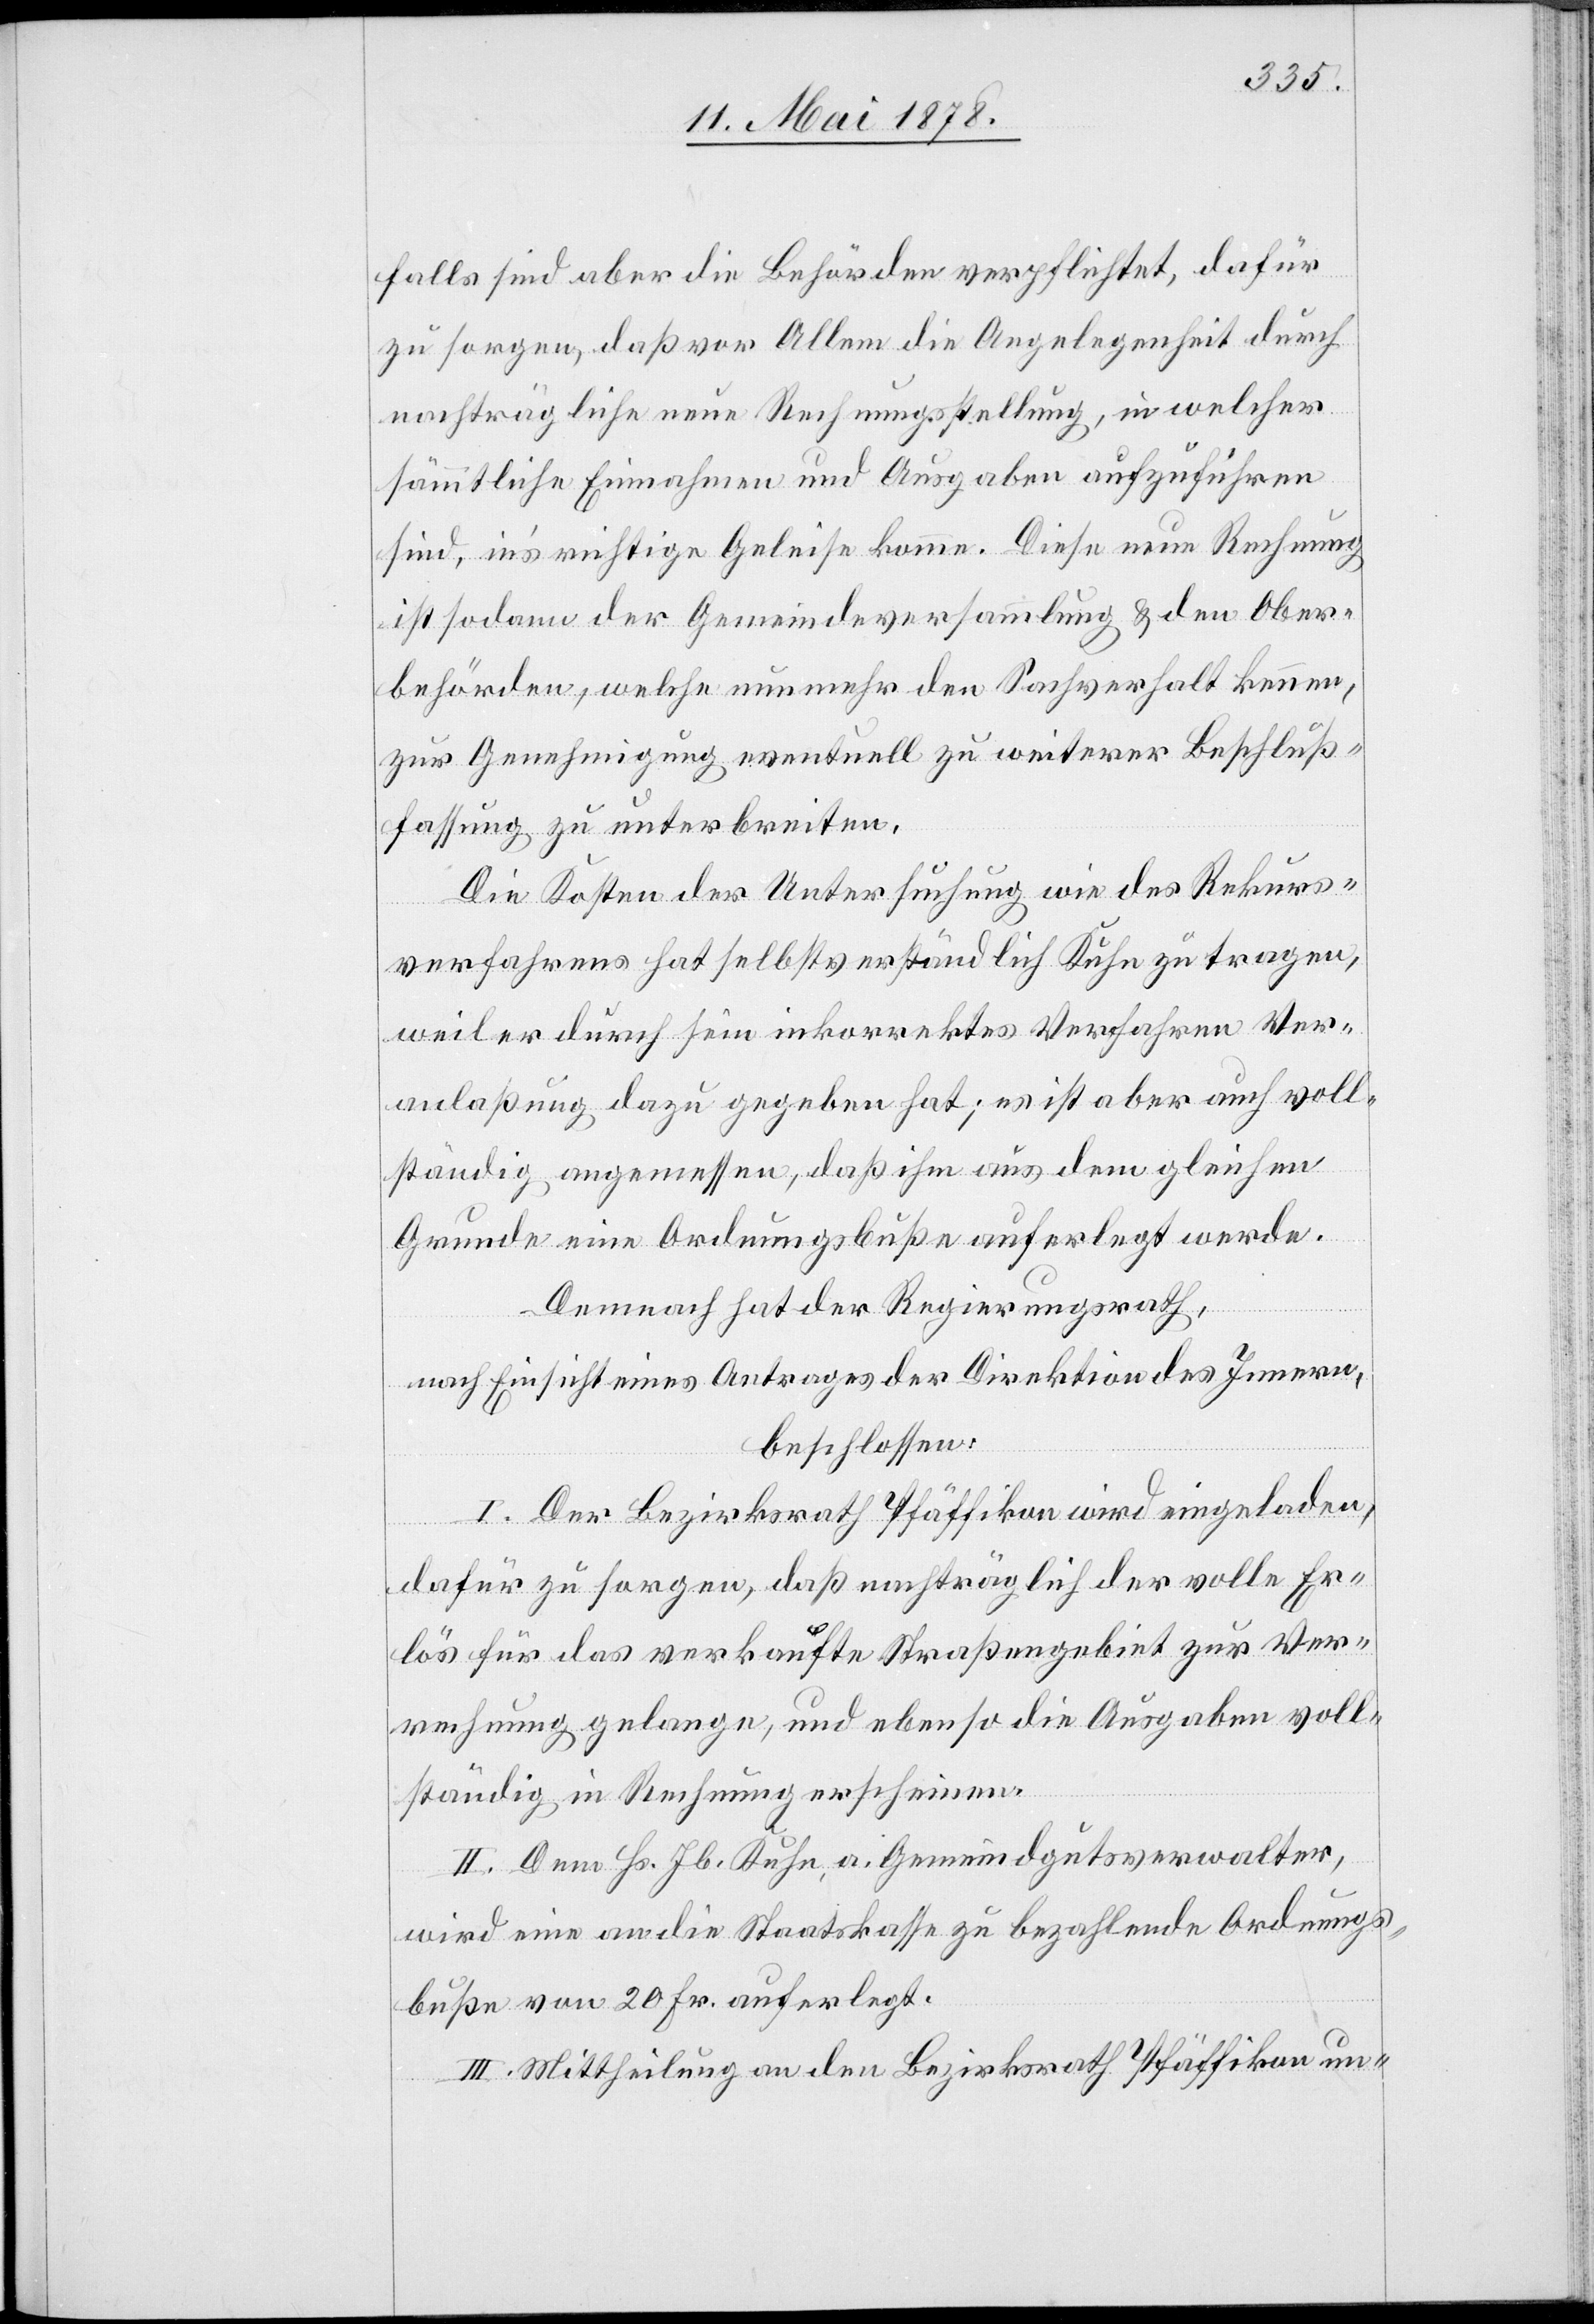
falls sind aber die Behörden verpflichtet, dafür
zu sorgen, daß vor Allem die Angelegenheit durch
nachträgliche neue Rechnungsstellung, in welcher
sämmtliche Einnahmen und Ausgaben aufzuführen
sind, in’s richtige Geleise komme. Diese neue Rechnung
ist sodann der Gemeindeversammlung & den Ober¬
behörden, welche nunmehr den Sachverhalt kennen,
zur Genehmigung eventuell zu weiterer Beschluss¬
fassung zu unterbreiten.
Die Kosten der Untersuchung wie des Rekurs¬
verfahrens hat selbstverständlich Kuhn zu tragen,
weil er durch sein inkorrektes Verfahren Ver¬
anlaßung dazu gegeben hat; es ist aber auch voll¬
ständig angemessen, daß ihm aus dem gleichen
Grunde eine Ordnungsbuße auferlegt werde.
Demnach hat der Regierungsrath,
nach Einsicht eines Antrages der Direktion des Innern,
beschlossen:
I. Der Bezirksrath Pfäffikon wird eingeladen,
dafür zu sorgen, daß nachträglich der volle Er¬
lös für das verkaufte Straßengebiet zur Ver¬
rechnung gelange, und ebenso die Ausgaben voll¬
ständig in Rechnung erscheinen.
II. Dem Hs. Jb. Kuhn, a. Gemeindgutsverwalter,
wird eine an die Staatskasse zu bezahlende Ordnungs¬
buße von 20 Fr. auferlegt.
III. Mittheilung an den Bezirksrath Pfäffikon un-